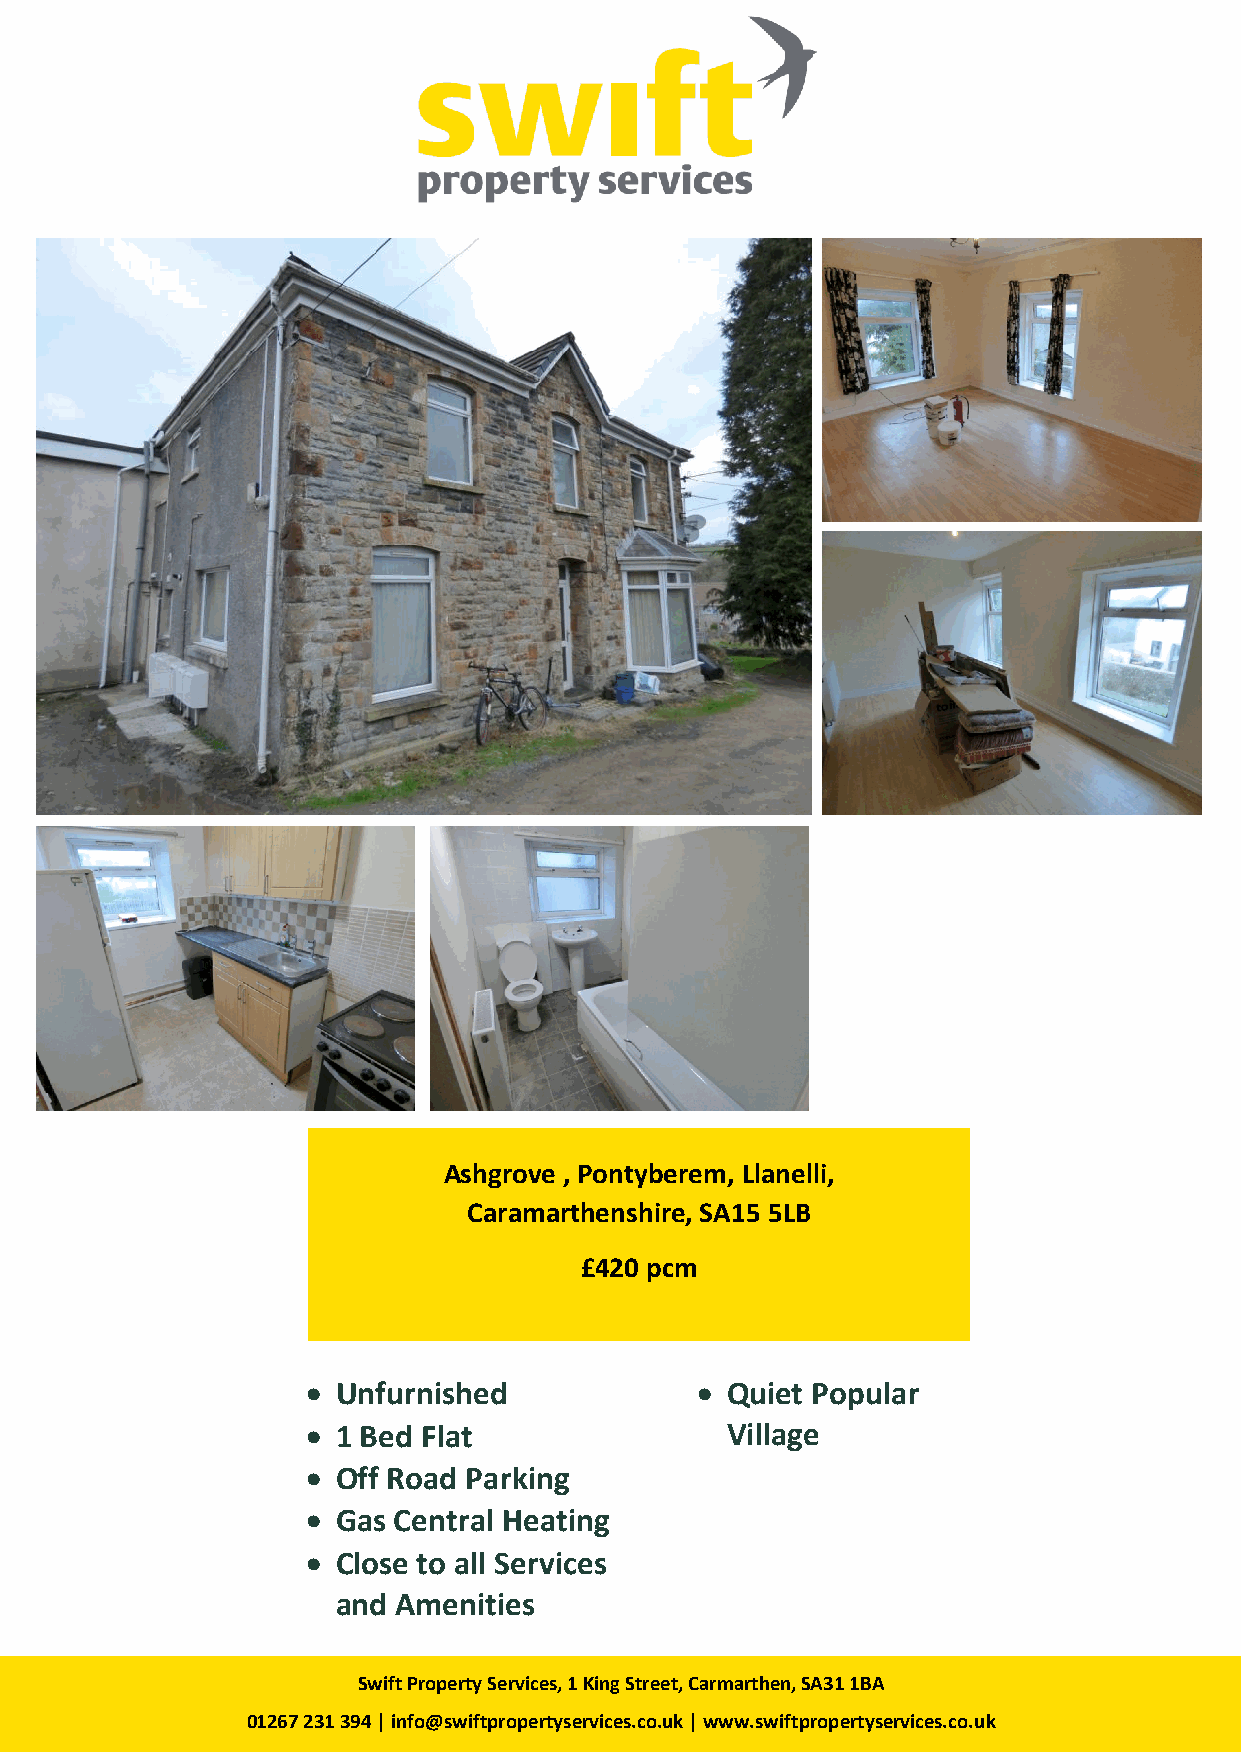
Ashgrove , Pontyberem, Llanelli,
 Caramarthenshire, SA15 5LB
 £420 pcm
  Unfurnished              Quiet Popular
  1 Bed Flat                Village
  Off Road Parking
  Gas Central Heating
  Close to all Services
 and Amenities
 Swift Property Services, 1 King Street, Carmarthen, SA31 1BA
 01267 231 394 | info@swiftpropertyservices.co.uk | www.swiftpropertyservices.co.uk